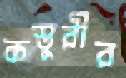
কস্তুরীর